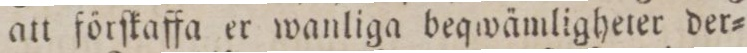
att förſkaffa er wanliga beqwämligheter der=